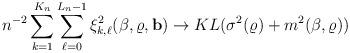
LaTeX: \begin{align*} n^{-2} \sum_{k=1}^{K_n} \sum_{\ell=0}^{L_n-1} \xi_{k,\ell}^2 ( \beta, \varrho, \mathbf{b} ) \to KL ( \sigma^2( \varrho ) + m^2( \beta, \varrho ) ) \end{align*}